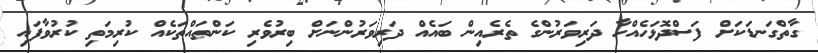
ގާތްގަނޑަކަށް ފަސްދޮޅަހެއްހާ ދަރިވަރުންގެ ތެރެއިން ބައެއް ދަރިވަރުންނަށް ބިރުވެރި ކަންތައްތަކެއް ކުރިމަތި ކުރުވާފައި